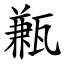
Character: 甉